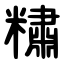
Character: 䊥